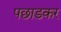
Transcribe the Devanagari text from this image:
पछाडकर